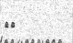
١٨